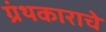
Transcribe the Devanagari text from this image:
ग्रंथकाराचे